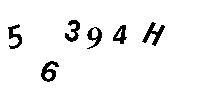
56394H